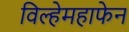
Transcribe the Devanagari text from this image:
विल्हेमहाफेन